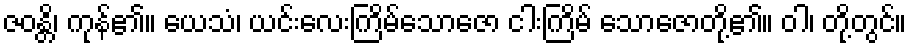
ဇဝန္တိ၊ ကုန်၏။ ယေသံ၊ ယင်းလေးကြိမ်သောဇော ငါးကြိမ် သောဇောတို့၏။ ဝါ၊ တို့တွင်။